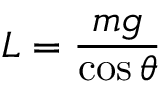
L = { \frac { m g } { \cos \theta } }